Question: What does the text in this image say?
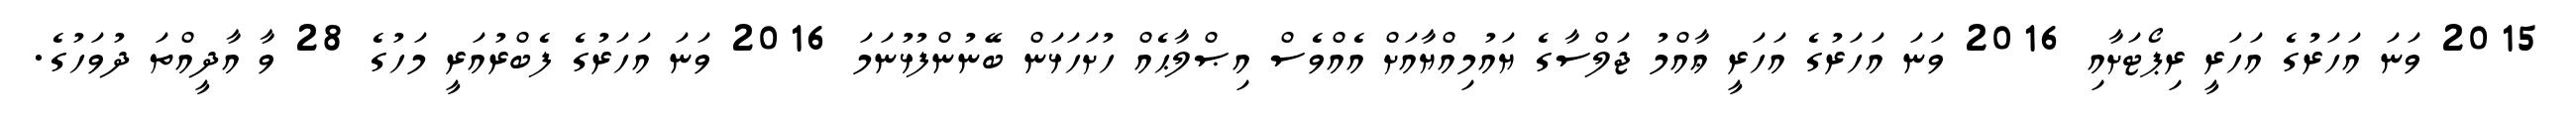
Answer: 2015 ވަނަ އަހަރުގެ އަހަރީ ރިޕޯޓަށާއި 2016 ވަނަ އަހަރުގެ އަހަރީ ޢާއްމު ޖަލްސާގެ ޔައުމިއްޔާއަށް އެއްވެސް އިޞްލާޙެއް ހުށަހަޅަން ބޭނުންފުޅުނަމަ 2016 ވަނަ އަހަރުގެ ފެބްރުއަރީ މަހުގެ 28 ވާ އާދީއްތަ ދުވަހުގެ.